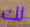
لك